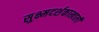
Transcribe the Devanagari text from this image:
सुक्ष्मदर्शकाखाली